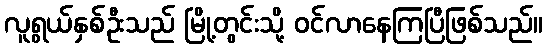
လူရွယ်နှစ်ဦးသည် မြို့တွင်းသို့ ဝင်လာနေကြပြီဖြစ်သည်။